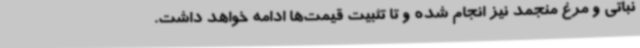
نباتی و مرغ منجمد نیز انجام شده و تا تثبیت قیمت‌ها ادامه خواهد داشت.